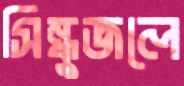
সিন্ধুজলে